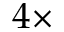
4 \times